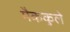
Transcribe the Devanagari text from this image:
मैककुले